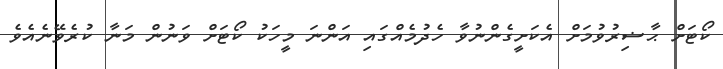
ކޯޓަށް ޙާޟިރުވުމަށް އެކަށީގެންނުވާ ހެދުމެއްގައި އަންނަ މީހަކު ކޯޓަށް ވަނުން މަނާ ކުރެވޭނެއެވެ